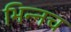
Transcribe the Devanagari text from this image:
भिन्नच